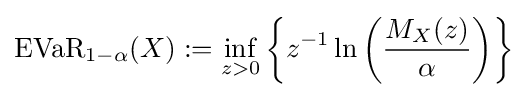
{\text{EVaR}}_{1-\alpha }(X):=\inf _{z>0}\left\{z^{-1}\ln \left({\frac {M_{X}(z)}{\alpha }}\right)\right\}